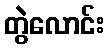
တွဲလောင်း